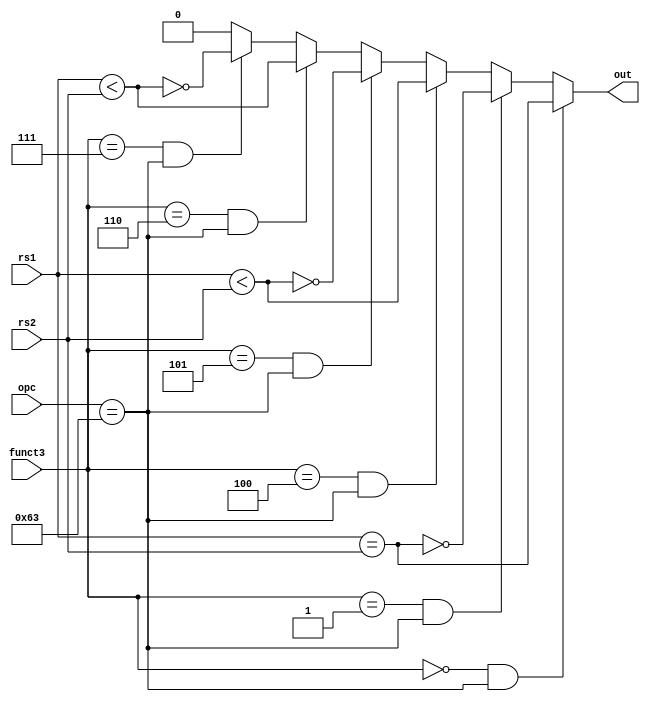
// outputs 1 if branch condition holds
// 0 otherwise
module brancher(opc, rs1, rs2, funct3, out);
	input [6:0] opc;
	input [31:0] rs1, rs2;
	input [2:0] funct3;
	output out;

//	wire [31:0] sub; -> this is part of my schematic because in my head the
//	easiest way of doing this comparison is to subtract the numbers and see if
//	the result is zero but I can just do it in one go;
	wire lt, eq, ult;

	assign lt = $signed(rs1) < $signed(rs2);
	assign eq = rs1 == rs2;
	assign ult = $unsigned(rs1) < $unsigned(rs2);

	assign out = funct3 == 3'b000 && opc == 7'b1100011 ? eq :
		         funct3 == 3'b001 && opc == 7'b1100011 ? ~eq :
				 funct3 == 3'b100 && opc == 7'b1100011 ? lt :
				 funct3 == 3'b101 && opc == 7'b1100011 ? ~lt :
				 funct3 == 3'b110 && opc == 7'b1100011 ? ult :
				 funct3 == 3'b111 && opc == 7'b1100011 ? ~ult : 0;
	
endmodule